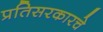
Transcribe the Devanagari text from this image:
प्रतिसरकारचे